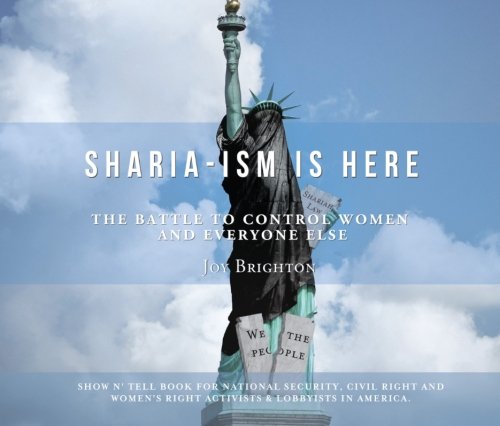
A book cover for Sharia-ism Is Here: The Battle To Control Women; And Everyone Else; Joy Brighton; Religion & Spirituality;